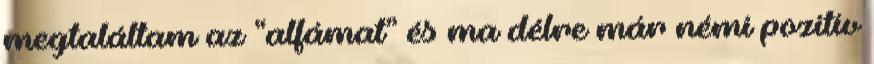
megtaláltam az “alfámat” és ma délre már némi pozitív